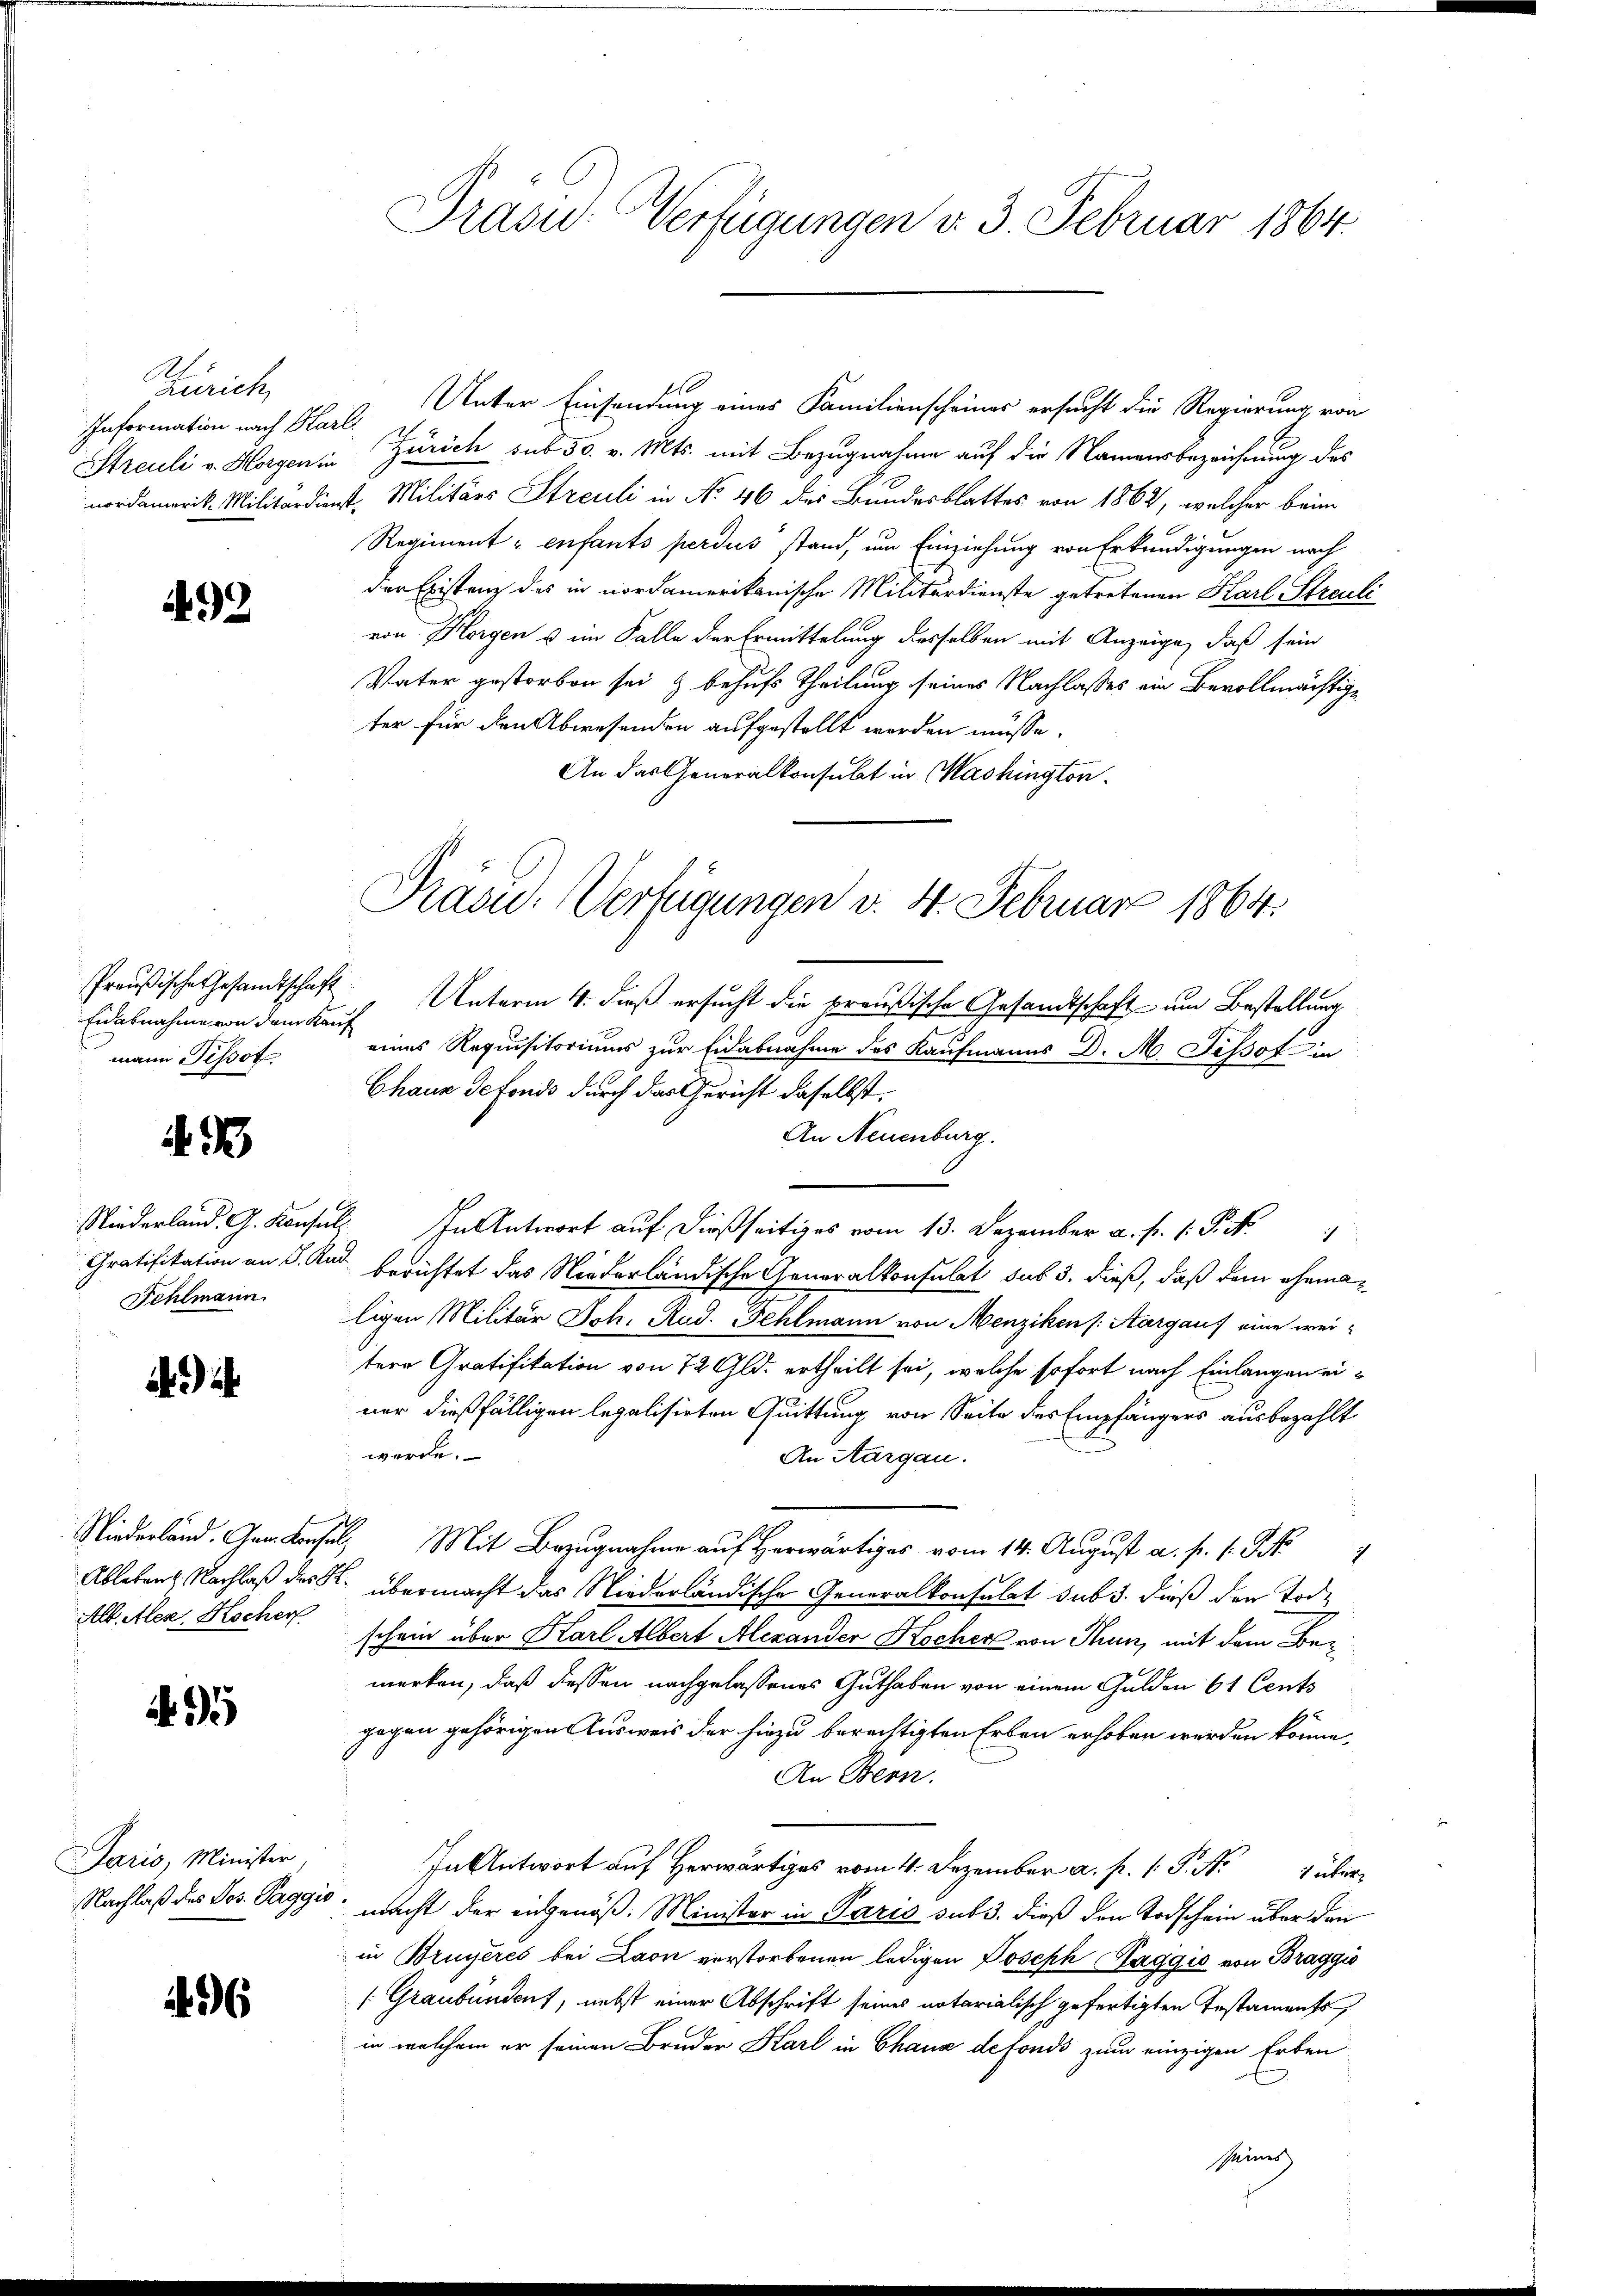
At
Zürich
Information nach Harl

499

Eidabnahme von dem Kauf
mann Tissot

433

Fehlmann.

Alb. Alex. Hocher

95

Paris, Minister

456

Unter Einsendung eines Familienscheines ersucht die Regierung von
Streuli v. Horgen in Zürich sub 50. v. Mts. mit Bezugnahme auf die Namensbezeichnung des
nordamerik. Militärdienst. Militärs Streuli in No 46 des Bundesblattes von 1862, welcher beim
Regiment - enfants perdus stand, um Einziehung von Erkundigungen nach
der Existenz des in nordamerikanische Militärdienste getretenen Karl Streuli
von Horgen u im Falle der Ermittelung desselben mit Anzeige, daß sein
Vater gestorben sei & behufs Theilung seines Nachlasses ein Bevollmächtige
ter für den Abwesenden aufgestellt werden müsse.
An das Generalkonsulat in Mashington¬

Präsid.- Verfügungen d. 3. Februar 1864.

Präsid. Verfügungen v. 4. Februar 1864.

Preußische Gesandtschaft Unterm 4. dieß ersucht die preußische Gesandtschaft um Bestellung
eines Requisitoriums zur Eidabnahme des Kaufmanns D. M. Tissot in
Chaus defonds durch das Gericht daselbst.
An Neuenburg.
Niederland. G. Konsen Antwort auf dießseitiges vom 13. Dezember a. f. 1. P. Nr. 1
Gratifikation an S. Rud. berichtet das Niederländische Generalkonsulat sus 3. dieß, daß dem eheman
ligen Militär Joh. Rud. Fehlmann von Menziken /: Aargaus eine weitere Gratifikation von 72 Gld. ertheilt sei, welche sofort nach Einlangen einer dießfälligen legalisirten Quittung von Seite des Empfängers ausbezahlt
werde.
An Aargau.
Niederland. Gemdensel, Mit Bezugnahme auf Herwärtiges vom 14. August a. p. 1. Sept
Ableben Nachlaß des St. übermacht das Niederländische Generalkonsulat sub 3. dieß den Tode
schein über Karl Albert Alexander Kocher von Thun, mit dem Bemerken, daß dessen nachgelassenes Guthaben von einem Gulden 61 Cents
gegen gehörigen Ausweis der hiezu berechtigten Erben erhoben werden könne,
An Bern.
In Antwort auf Herwärts vom 4. Dezember a. p. 1. P. Nr. 4 über
Nachlaß des Jos. Paggio, macht der eidgenöß. Minister in Paris sub 3. dieß den Todschein über den
in Bruyeres bei Laon verstorbenen ledigen Joseph Haggio von Braggio
(Graubünden, nebst einer Abschrift seines notarialisch gefertigten Testaments
in welchem er seinen Bruder Karl in Chaus de fonds zum einzigen Erben
Seines